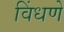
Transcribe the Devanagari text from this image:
विंधणे